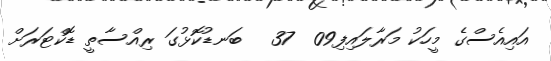
އައިއެސްގެ މީހަކު މަރާލައިފި09  37   ބަނޑުކޮޅުގަ ރިއްސާތީ ޑޮކްޓަރަށް